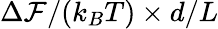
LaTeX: \Delta\mathcal{F}/(k_{B}T)\times d/L